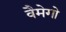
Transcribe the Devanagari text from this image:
वैमेगो